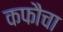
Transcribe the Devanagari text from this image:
कफौचा